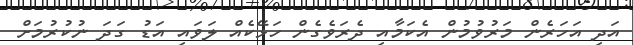
އަދި އަހަރެން މަރުވުމުން އެކަމާއި ދެރަވެގެން ހަޅޭކެއް ލަވައި އަޑު ގަދަ ނުކުރުމަށް